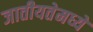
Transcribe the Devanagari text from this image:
जातीयतेमध्ये